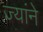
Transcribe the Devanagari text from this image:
ज्यांने